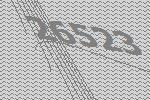
26523